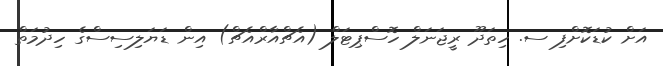
އަށް ކުޑަކޮށްފި ސ. ހިތަދޫ ރީޖަނަލް ހޮސްޕިޓަލް (އެޗްއާރްއެޗް) އިން ޑަޔަލިސިސްގެ ހިދުމަތް